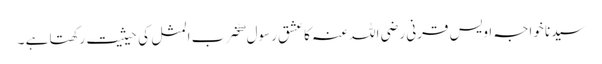
سیدنا خواجہ اویس قرنی رضی اللہ عنہ کا عشقِ رسول ۖ ضرب المثل کی حیثیت رکھتا ہے ۔